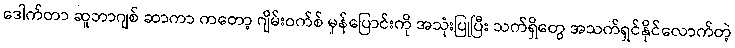
ဒေါက်တာ ဆူဘာဂျစ် ဆာကာ ကတော့ ဂျိမ်းဝက်စ် မှန်ပြောင်းကို အသုံးပြုပြီး သက်ရှိတွေ အသက်ရှင်နိုင်လောက်တဲ့